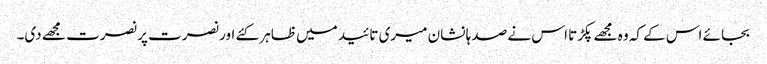
بجائے اس کے کہ وہ مجھے پکڑتا اس نے صد ہا نشان میری تائید میں ظاہر کئے اور نصرت پر نصرت مجھے دی۔